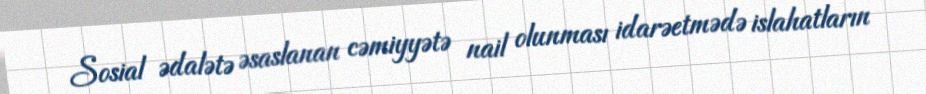
Sosial ədalətə əsaslanan cəmiyyətə nail olunması idarəetmədə islahatların